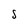
Character: S